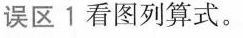
误区1看图列算式。